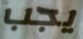
يجب